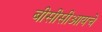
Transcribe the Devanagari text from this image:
बीसीसीआयचे